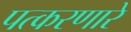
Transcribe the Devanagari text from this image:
पत्करणारे